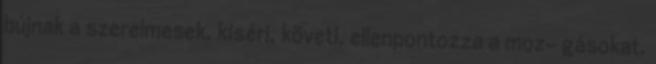
bújnak a szerelmesek, kíséri, követi, ellenpontozza a moz- gásokat.